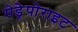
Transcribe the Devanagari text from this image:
मेड्रेपोराइट